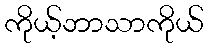
ကိုယ့်ဘာသာကိုယ်